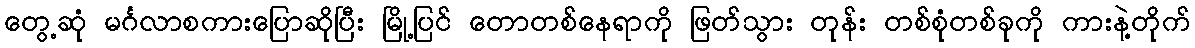
တွေ့ဆုံ မင်္ဂလာစကားပြောဆိုပြီး မြို့ပြင် တောတစ်နေရာကို ဖြတ်သွား တုန်း တစ်စုံတစ်ခုကို ကားနဲ့တိုက်